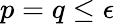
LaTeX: p=q\leq\epsilon